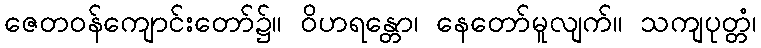
ဇေတဝန်ကျောင်းတော်၌။ ဝိဟရန္တော၊ နေတော်မူလျက်။ သကျပုတ္တံ၊